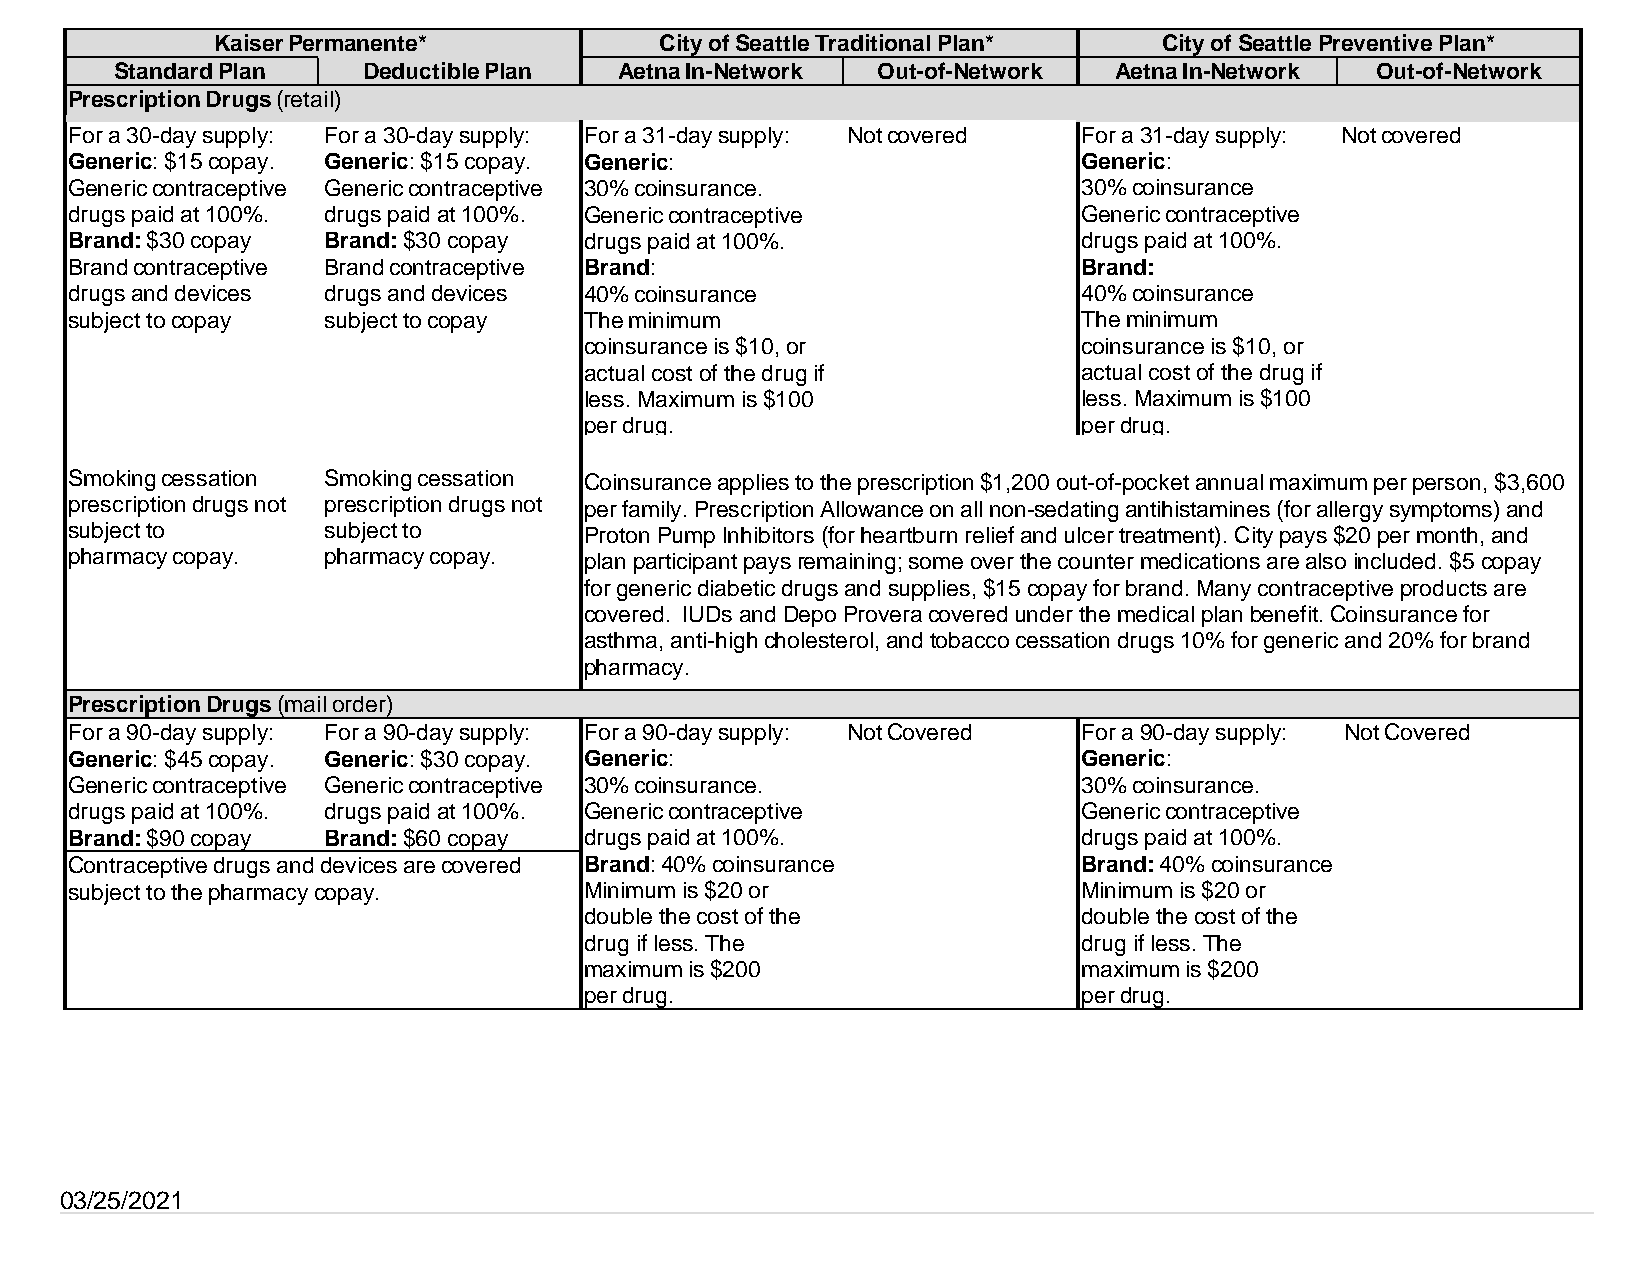
Kaiser Permanente*            City of Seattle Traditional Plan* City of Seattle Preventive Plan*
 Standard Plan   Deductible Plan  Aetna In-Network Out-of-Network  Aetna In-Network Out-of-Network
 Prescription Drugs (retail)
 For a 30-day supply: For a 30-day supply: For a 31-day supply: Not covered For a 31-day supply: Not covered
 Generic: $15 copay. Generic: $15 copay. Generic:                    Generic:
 Generic contraceptive Generic contraceptive 30% coinsurance.        30% coinsurance
 drugs paid at 100%. drugs paid at 100%. Generic contraceptive       Generic contraceptive
 Brand: $30 copay Brand: $30 copay  drugs paid at 100%.              drugs paid at 100%.
 Brand contraceptive Brand contraceptive Brand:                      Brand:
 drugs and devices drugs and devices 40% coinsurance                 40% coinsurance
 subject to copay subject to copay  The minimum                      The minimum
 coinsurance is $10, or           coinsurance is $10, or
 actual cost of the drug if       actual cost of the drug if
 less. Maximum is $100            less. Maximum is $100
 per drug.                        per drug.
 Smoking cessation Smoking cessation Coinsurance applies to the prescription $1,200 out-of-pocket annual maximum per person, $3,600
 prescription drugs not prescription drugs not per family. Prescription Allowance on all non-sedating antihistamines (for allergy symptoms) and
 subject to       subject to        Proton Pump Inhibitors (for heartburn relief and ulcer treatment). City pays $20 per month, and
 pharmacy copay.  pharmacy copay.   plan participant pays remaining; some over the counter medications are also included. $5 copay
 for generic diabetic drugs and supplies, $15 copay for brand. Many contraceptive products are
 covered. IUDs and Depo Provera covered under the medical plan benefit. Coinsurance for
 asthma, anti-high cholesterol, and tobacco cessation drugs 10% for generic and 20% for brand
 pharmacy.
 Prescription Drugs (mail order)
 For a 90-day supply: For a 90-day supply: For a 90-day supply: Not Covered For a 90-day supply: Not Covered
 Generic: $45 copay. Generic: $30 copay. Generic:                    Generic:
 Generic contraceptive Generic contraceptive 30% coinsurance.        30% coinsurance.
 drugs paid at 100%. drugs paid at 100%. Generic contraceptive       Generic contraceptive
 Brand: $90 copay Brand: $60 copay  drugs paid at 100%.              drugs paid at 100%.
 Contraceptive drugs and devices are covered Brand: 40% coinsurance  Brand: 40% coinsurance
 subject to the pharmacy copay.     Minimum is $20 or                Minimum is $20 or
 double the cost of the           double the cost of the
 drug if less. The                drug if less. The
 maximum is $200                  maximum is $200
 per drug.                        per drug.
 03/25/2021